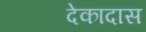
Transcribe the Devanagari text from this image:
देकादास